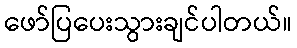
ဖော်ပြပေးသွားချင်ပါတယ်။